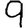
Digit: 9